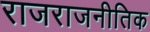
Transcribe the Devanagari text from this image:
राजराजनीतिक